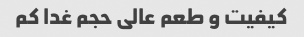
کیفیت و طعم عالی حجم غدا کم